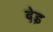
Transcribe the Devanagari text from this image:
देइ